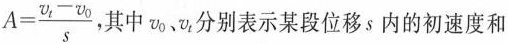
$$A= \frac{\upsilon _{t}- \upsilon _{0}}{s}$$ 其中\nu _{0}、\nu _{t}分别表示某段位移s内的初速度和